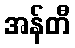
အန်တီ